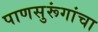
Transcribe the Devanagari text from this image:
पाणसुरूंगांचा